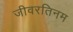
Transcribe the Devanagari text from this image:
जीवरतिनम